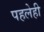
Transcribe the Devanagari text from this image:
पहलेही